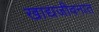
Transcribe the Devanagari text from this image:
खाद्यजीवनात